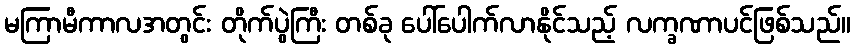
မကြာမီကာလအတွင်း တိုက်ပွဲကြီး တစ်ခု ပေါ်ပေါက်လာနိုင်သည့် လက္ခဏာပင်ဖြစ်သည်။